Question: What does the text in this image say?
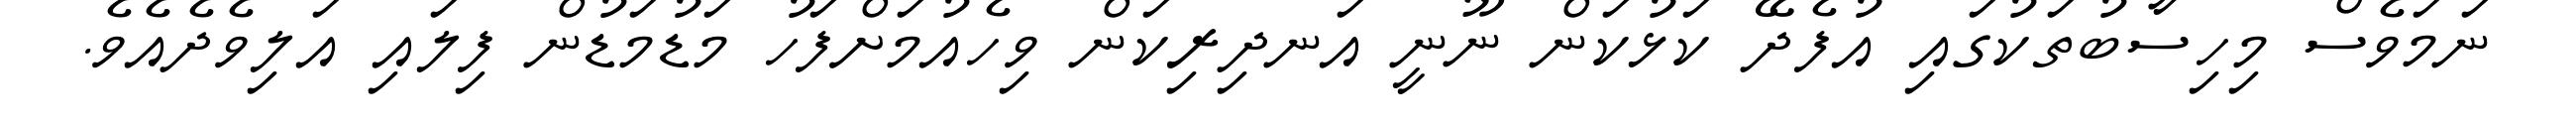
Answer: ނަމަވެސް މިހިސާބުތަކުގައި އުފެދޭ ކަޅުކަން ނޫނީ އަނދިރިކަން ވިހެއުމަށްފަހު މަޑުމަޑުން ފިލައި އަލިވެދެއެވެ.